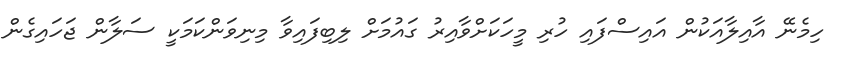
ހިމެނޭ އާއިލާއަކުން އައިސްފައި ހުރި މީހަކަށްވާއިރު ގައުމަށް ލިބިފައިވާ މިނިވަންކަމަކީ ސަލާން ޖަހައިގެން